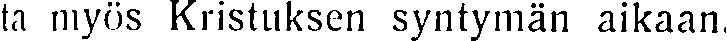
ta myös Kristuksen syntymän aikaan.